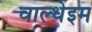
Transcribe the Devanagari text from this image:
वाल्धेइम